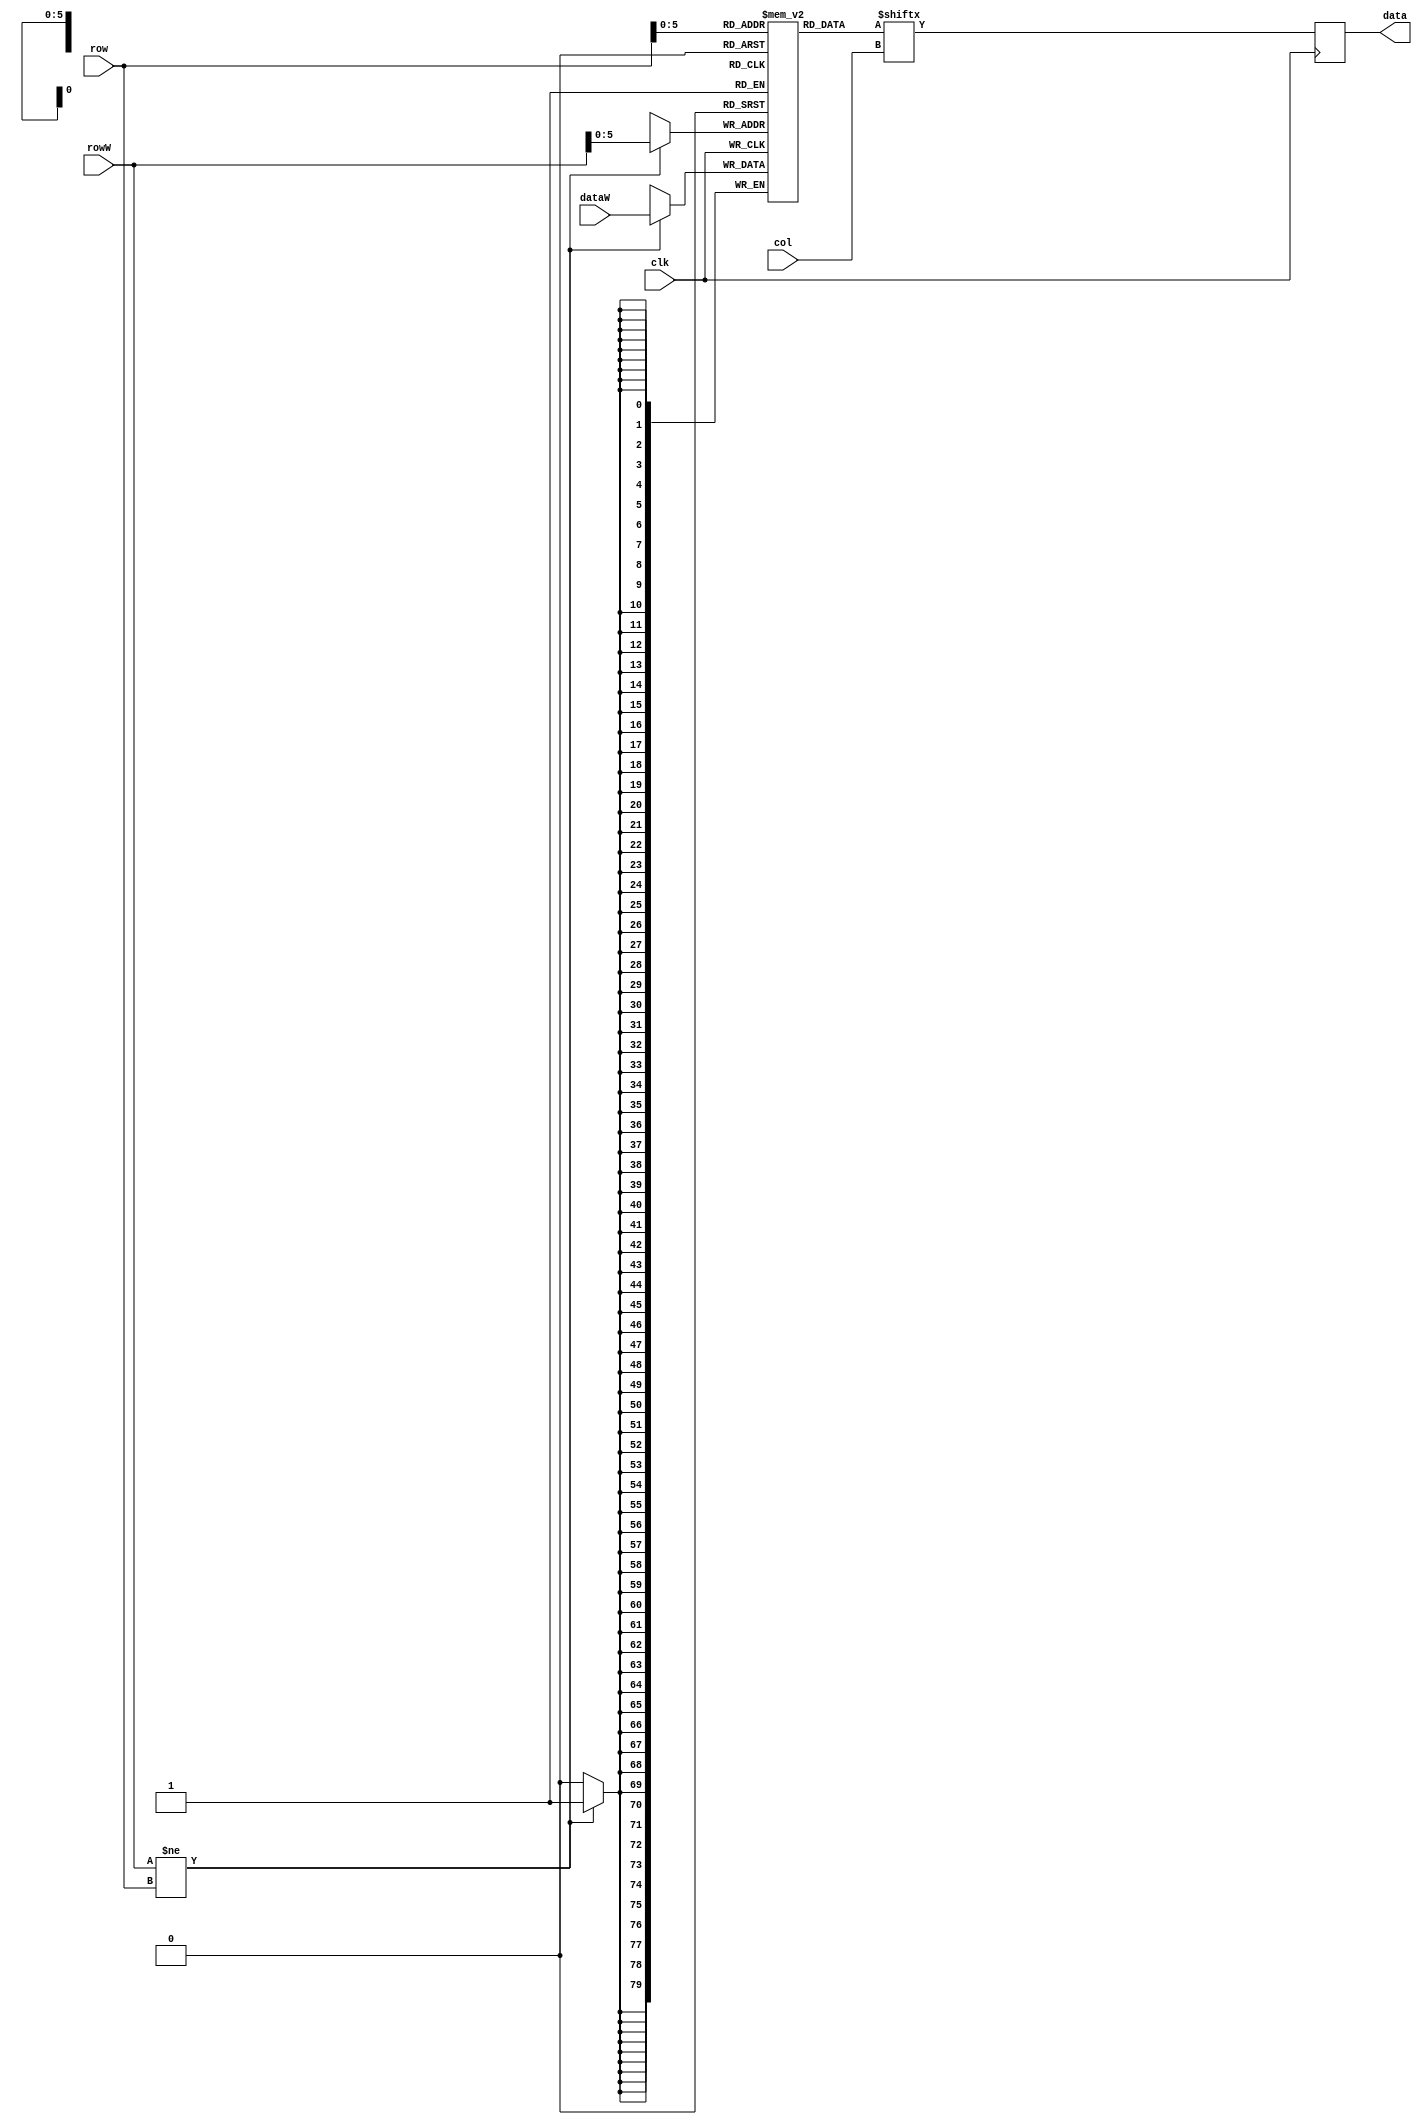
`default_nettype none

module image (
    // Read ports:
    input wire clk,
    input wire [6:0] row,
    input wire [6:0] col,
    output reg data,
    // Write ports
    input wire [6:0] rowW,  // line number we write
    input wire [79:0] dataW // full 80 bits of the line
  );

  // 60 rows of 80 bits
  reg [79:0] rom [0:59];

  // parameter ROMFILE = "image.rom";

  // initial begin
  //   $readmemb(ROMFILE, rom);
  // end

  // Read Rom Logic
  always @(posedge clk) begin
    data <= rom[row][col];
  end

  reg [6:0] counter = 0;

  // Write logic
  always @(posedge clk) begin
    if (rowW != row) begin // don't write rowW if we are reading the same row.
      rom [rowW] <= dataW;
    end
  end

endmodule